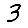
Digit: 3